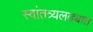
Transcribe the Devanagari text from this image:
स्वांतत्र्यलढ्यात